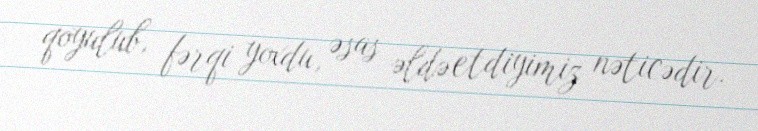
qoyulub, fərqi yoxdu, əsas əldə etdiyimiz nəticədir.